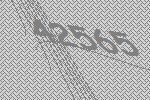
42565